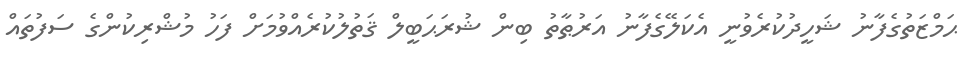
ޙަމްޒަތުގެފާނު ޝަހީދުކުރެވުނީ އެކަލޭގެފާނު އަރުޠާތު ބިން ޝުރަޙަބީލް ޤަތުލުކުރެއްވުމަށް ފަހު މުޝްރިކުންގެ ސަފުތައް